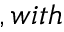
, w i t h